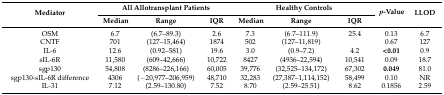
| <ROWSPAN=2> Mediator | <COLSPAN=3> All Allotransplant Patients | <COLSPAN=3> Healthy Controls | <ROWSPAN=2> p-Value | <ROWSPAN=2> LLOD |
 | Median | Range | IQR | Median | Range | IQR |
 | --- | --- | --- | --- | --- | --- | --- | --- | --- |
 | OSM | 6.7 | (6.7–89.3) | 2.6 | 7.3 | (6.7–111.9) | 25.4 | 0.13 | 6.7 |
 | CNTF | 701 | (127–15,464) | 1874 | 502 | (127–11,819) |  | 0.67 | 127 |
 | IL-6 | 12.6 | (0.92–581) | 19.6 | 3.0 | (0.9–7.2) | 4.2 | <0.01 | 0.9 |
 | sIL-6R | 11,580 | (609–42,666) | 10,722 | 8427 | (4936–22,594) | 10,541 | 0.09 | 18.7 |
 | sgp130 | 54,808 | (8286–226,166) | 60,005 | 39,776 | (32,525–134,172) | 67,302 | 0.049 | 81.0 |
 | sgp130-sIL-6R difference | 4306 | (−20,977–206,959) | 48,710 | 32,283 | (27,387–1,114,152) | 58,499 | 0.10 | NR |
 | IL-31 | 7.12 | (2.59–130.80) | 7.52 | 8.70 | (2.59–25.51) | 8.62 | 0.1856 | 2.59 |